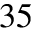
^ { 3 5 }